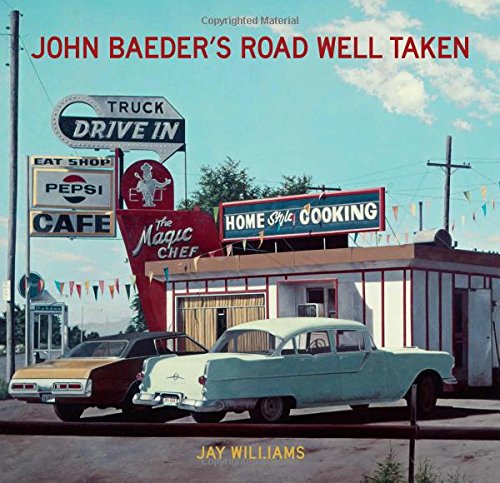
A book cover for John Baeder's Road Well Taken; Jay Williams; Humor & Entertainment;